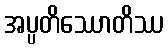
အပ္ပတိဿောတိဿ